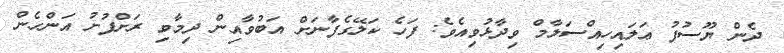
ދެން ޔޫސުފު ޢަލައިހިއްސަލާމް ވިދާޅުވިއެވެ: ފަހެ ކަލޭގެފާނަށް އަބުވާއިން ދިމާވި ރަށްފުށު އަންހެން